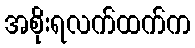
အစိုးရလက်ထက်က